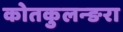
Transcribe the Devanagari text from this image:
कोतकुलन्ङरा